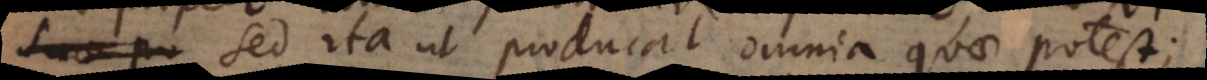
sed ita ut producat omnia quae potest;